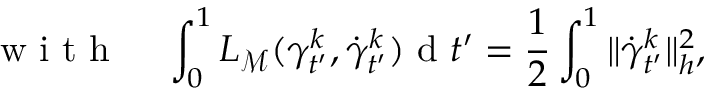
\mathrm { ~ w ~ i ~ t ~ h ~ } \; \; \; \; \int _ { 0 } ^ { 1 } L _ { { \mathcal { M } } } ( \gamma _ { t ^ { \prime } } ^ { k } , \dot { \gamma } _ { t ^ { \prime } } ^ { k } ) \mathrm { ~ d ~ } t ^ { \prime } = \frac { 1 } { 2 } \int _ { 0 } ^ { 1 } \| \dot { \gamma } _ { t ^ { \prime } } ^ { k } \| _ { h } ^ { 2 } ,